King Institute of Preventive Medicine Micro-Biological Section reports 1912-19
Year: 1912
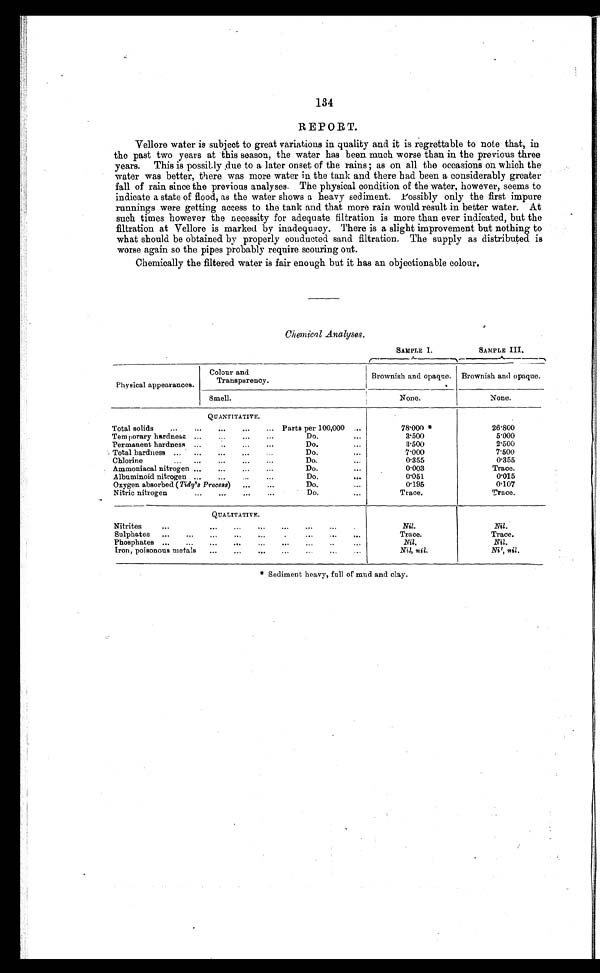
134
REPORT.
Vellore water is subject to great variations in quality and it is regrettable to note that, in
the past two years at this season, the water has been much worse than in the previous three
years. This is possibly due to a later onset of the rains ; as on all the occasions on which the
water was better, there was more water in the tank and there had been a considerably greater
fall of rain since the previous analyses. The physical condition of the water, however, seems to
indicate a state of flood, as the water shows a heavy sediment. Possibly only the first impure
runnings were getting access to the tank and that more rain would result in better water. At
such times however the necessity for adequate filtration is more than ever indicated, but the
filtration at Vellore is marked by inadequacy. There is a slight improvement but nothing to
what should be obtained by properly conducted sand filtration. The supply as distributed is
worse again so the pipes probably require scouring out.
Chemically the filtered water is fair enough but it has an objectionable colour.
Chemical Analyses.
SAMPLE I.
SAMPLE III.
Physical appearances.
Colour and
Transparency.
Brownish and opaque. Brownish and opaque.
Smell.
None.
None.
QUANTITATIVE.
Total solids
...
...
...
...
... Parts per 100,000
78.000 *
26.800
Temporary hardness ...
...
...
Do.
...
3.500
5.000
Permanent hardness ...
..
...
...
Do.
. . .
3.500
2.500
Total hardness ...
...
...
...
Do.
...
7.000
7 . 5 0 0
Chlorine
...
...
...
...
...
Do.
...
0.355
0.355
Ammoniacal nitrogen ...
...
...
...
Do.
...
0.003
Trace.
Albuminoid nitrogen ...
...
...
...
Do.
...
0.051
0.015
Oxygen absorbed ( Tidy's Process)
...
...
Do.
...
0.195
0.107
Nitric nitrogen
...
...
...
...
Do.
...
Trace.
Trace.
QUALITATIVE.
Nitrites
...
...
...
...
...
...
...
.
Nil.
Nil.
Sulphates
...
...
...
...
...
Trace.
Trace.
Phosphates ...
...
...
...
...
...
...
..
...
Nil.
Nil.
Iron, poisonous metals
...
...
...
...
Nil, nil.
N i l ,
n i l .
* Sediment heavy, full of mud and clay.